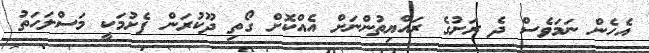
އެހެން ނަމަވެސް ދެ ރަށުގެ ރައްޔިތުންނަށް އެއްކޮށް ގޯތި ދޫކުރަން ފެށުމަކީ މަސްލަހަތު